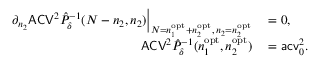
\begin{array} { r l } { \partial _ { n _ { 2 } } \mathsf { A C V } ^ { 2 } \hat { P } _ { \delta } ^ { - 1 } ( N - n _ { 2 } , n _ { 2 } ) \Big | _ { N = n _ { 1 } ^ { \mathrm { o p t } } + n _ { 2 } ^ { \mathrm { o p t } } , \, n _ { 2 } = n _ { 2 } ^ { \mathrm { o p t } } } } & { { } = 0 , } \\ { \mathsf { A C V } ^ { 2 } \hat { P } _ { \delta } ^ { - 1 } ( n _ { 1 } ^ { \mathrm { o p t } } , n _ { 2 } ^ { \mathrm { o p t } } ) } & { { } = \mathsf { a c v } _ { 0 } ^ { 2 } . } \end{array}